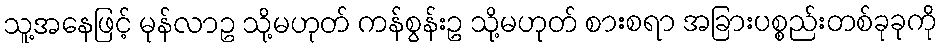
သူ့အနေဖြင့် မုန်လာဥ သို့မဟုတ် ကန်စွန်းဥ သို့မဟုတ် စားစရာ အခြားပစ္စည်းတစ်ခုခုကို